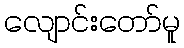
လျောင်းတော်မူ